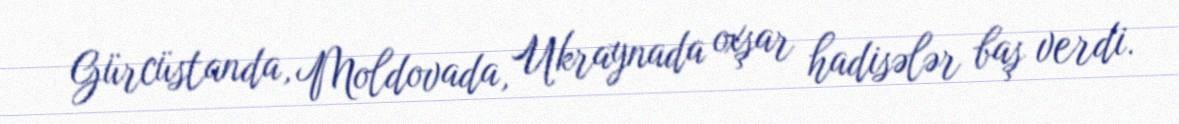
Gürcüstanda, Moldovada, Ukraynada oxşar hadisələr baş verdi.